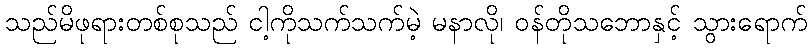
သည်မိဖုရားတစ်စုသည် ငါ့ကိုသက်သက်မဲ့ မနာလို၊ ဝန်တိုသဘောနှင့် သွားရောက်